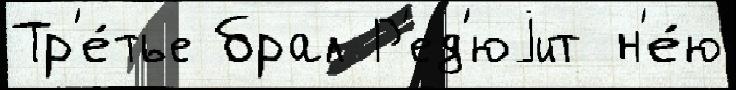
Тр'е́тье брал Р'ед'юjит н'е́ю